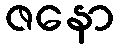
ဇနော